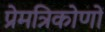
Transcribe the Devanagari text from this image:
प्रेमत्रिकोणों